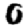
Digit: 0